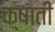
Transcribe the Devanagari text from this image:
क्षाती